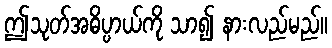
ဤသုတ်အဓိပ္ပာယ်ကို သာ၍ နားလည်မည်။